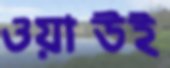
ওয়াউই